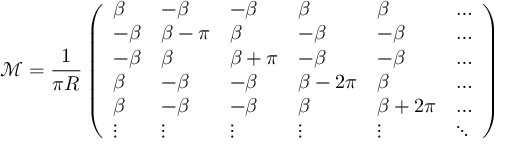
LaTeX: { \mathcal M } = \frac { 1 } { \pi R } \left( \begin{array} { l l l l l l } { { \beta } } & { { - \beta } } & { { - \beta } } & { { \beta } } & { { \beta } } & { { \ldots } } \\ { { - \beta } } & { { \beta - \pi } } & { { \beta } } & { { - \beta } } & { { - \beta } } & { { \ldots } } \\ { { - \beta } } & { { \beta } } & { { \beta + \pi } } & { { - \beta } } & { { - \beta } } & { { \ldots } } \\ { { \beta } } & { { - \beta } } & { { - \beta } } & { { \beta - 2 \pi } } & { { \beta } } & { { \ldots } } \\ { { \beta } } & { { - \beta } } & { { - \beta } } & { { \beta } } & { { \beta + 2 \pi } } & { { \ldots } } \\ { { \vdots } } & { { \vdots } } & { { \vdots } } & { { \vdots } } & { { \vdots } } & { { \ddots } } \end{array} \right)